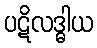
ပဋိလဒ္ဓါယ